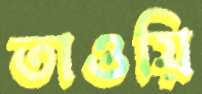
তাওয়ি